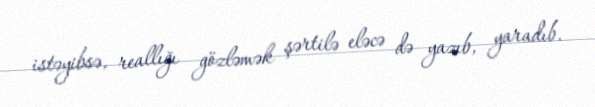
istəyibsə, reallığı gözləmək şərtilə eləcə də yazıb, yaradıb.